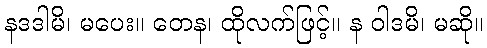
နဒဒါမိ၊ မပေး။ တေန၊ ထိုလက်ဖြင့်။ န ဝါဒမိ၊ မဆို။